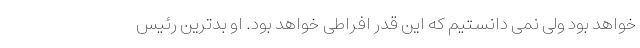
خواهد بود ولی نمی دانستیم که این قدر افراطی خواهد بود. او بدترین رئیس